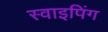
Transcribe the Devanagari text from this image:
स्वाइपिंग